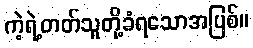
ကဲ့ရဲ့တတ်သူတို့ခံရသောအပြစ်။